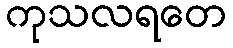
ကုသလရတေ